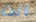
انت